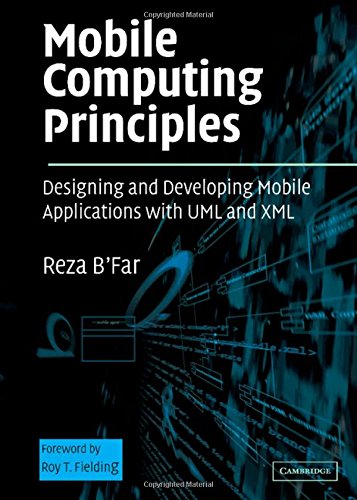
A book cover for Mobile Computing Principles: Designing and Developing Mobile Applications with UML and XML; Reza B'Far; Computers & Technology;